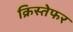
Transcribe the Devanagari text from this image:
क्रिस्तेफर